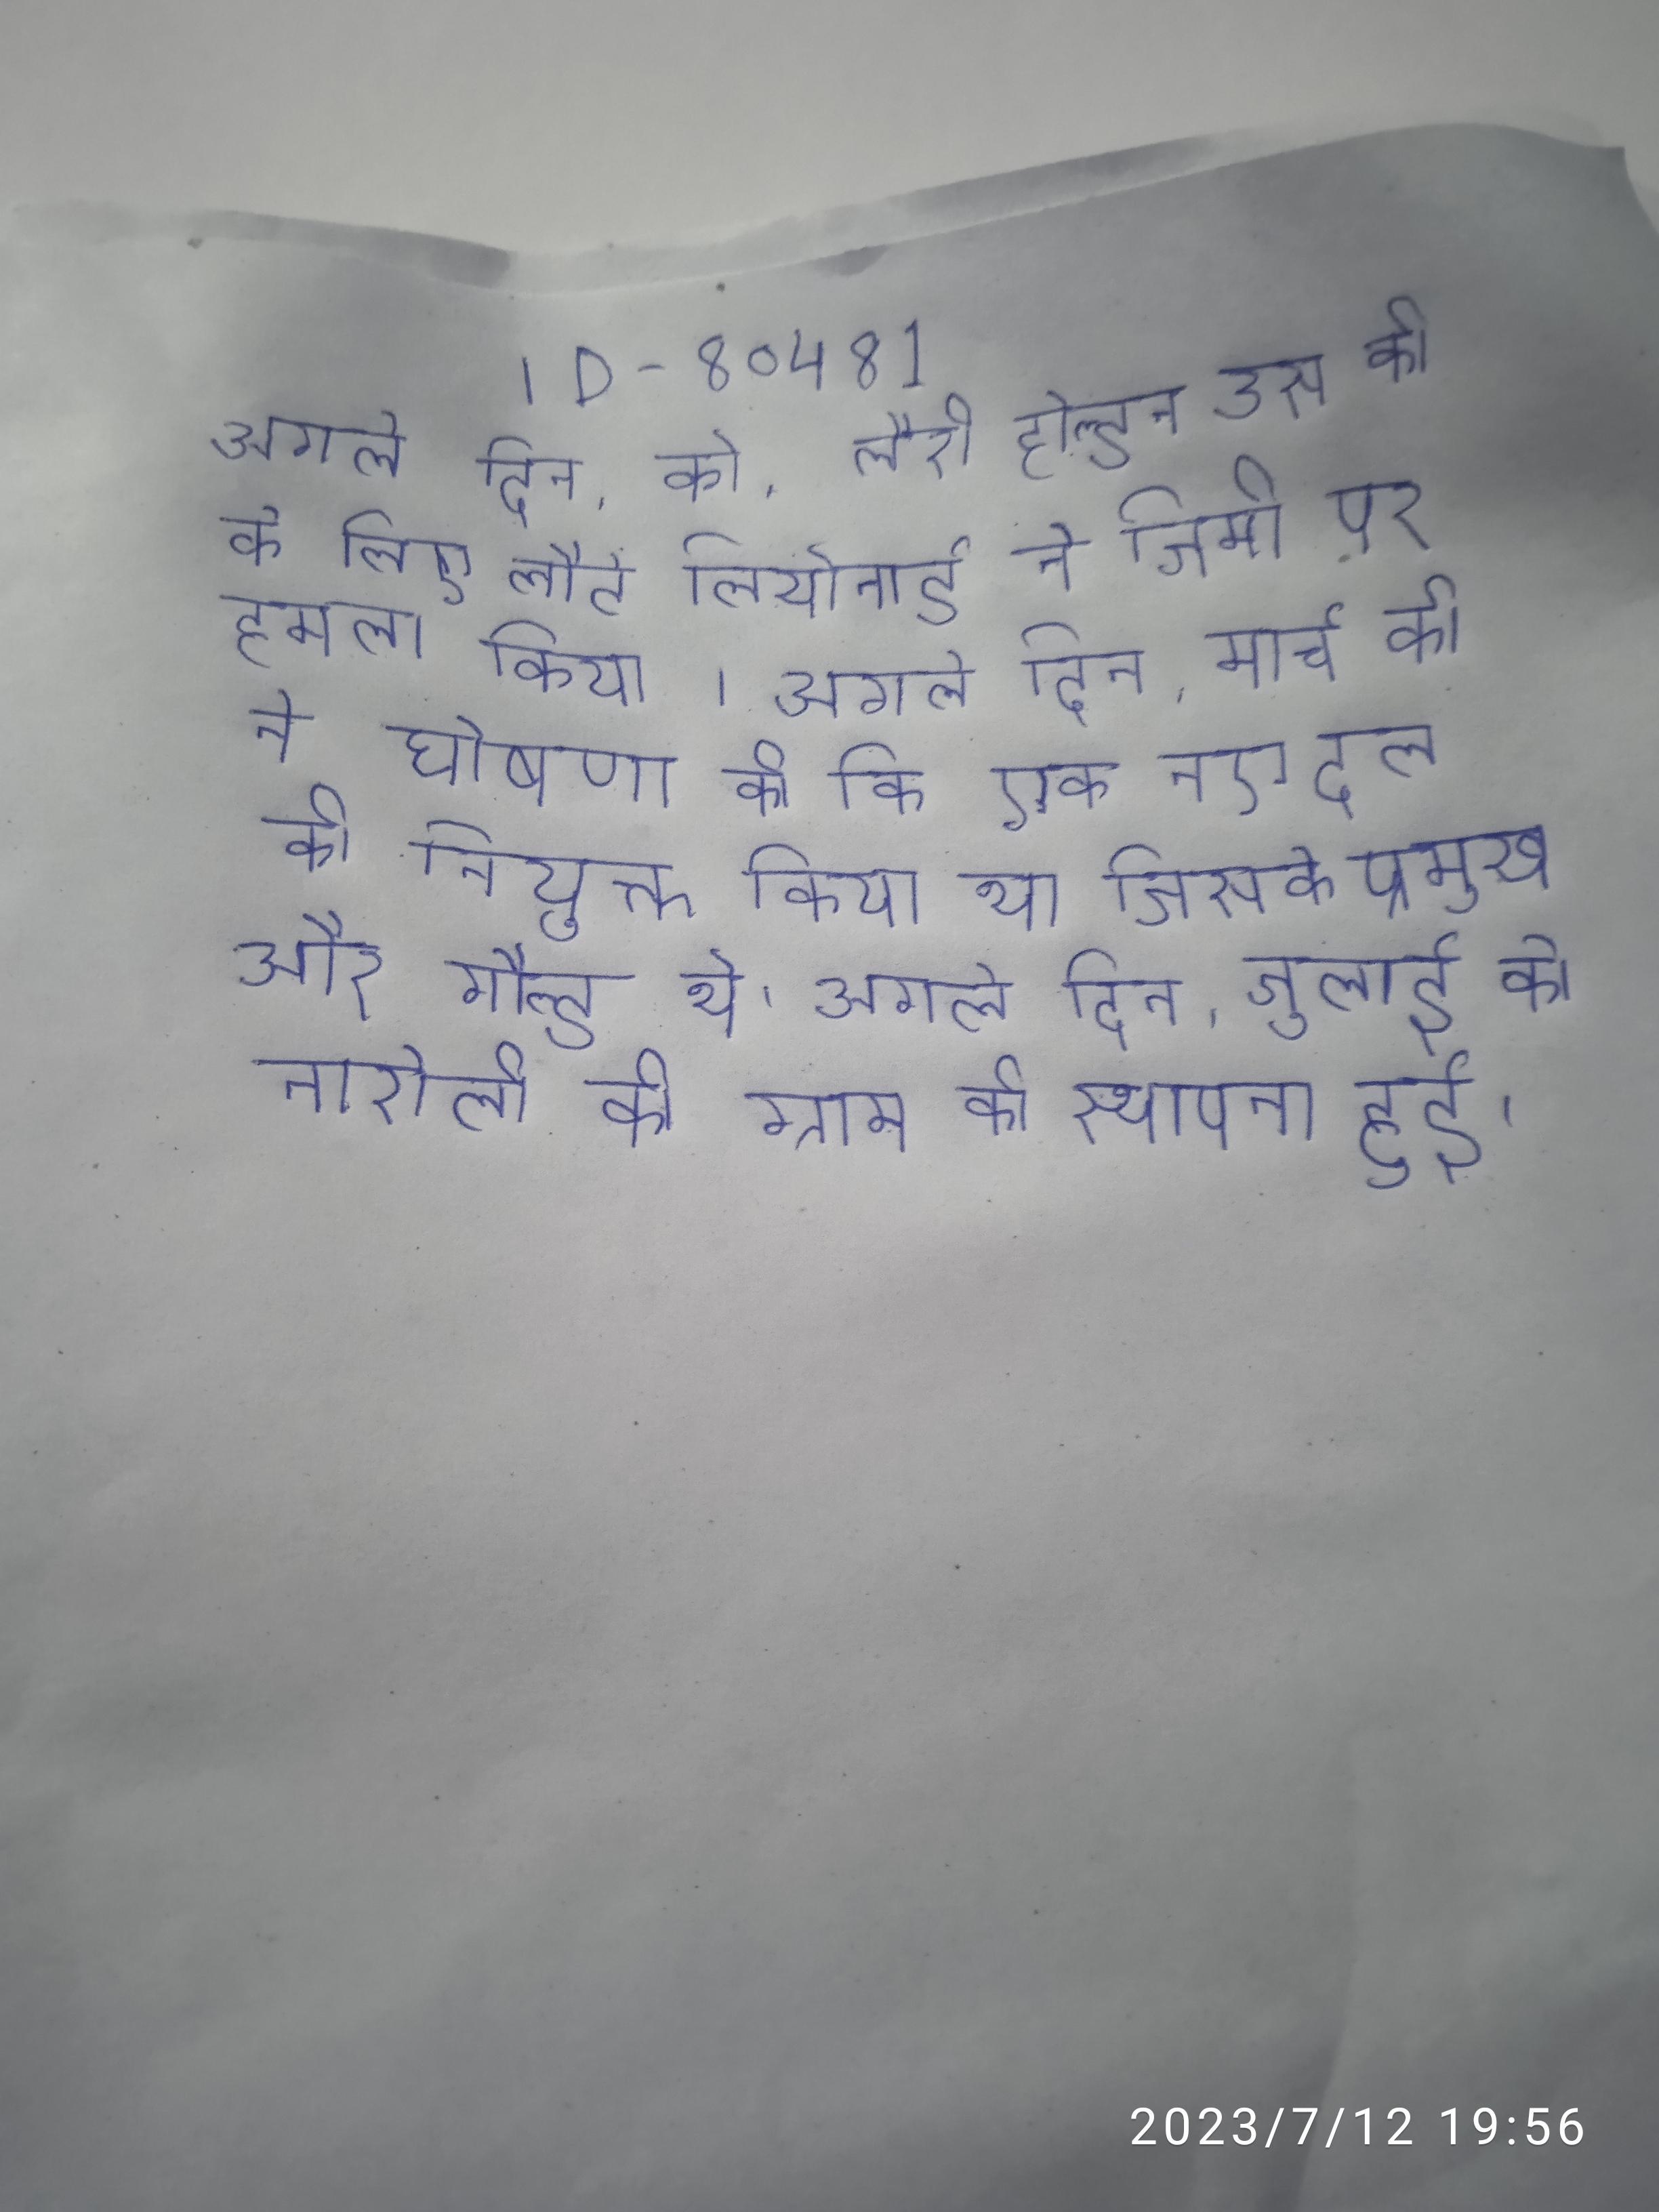
अगले दिन, को, लैरी होल्डन उस की के लिए लौटे लियोनार्ड ने जिमी पर हमला किया । अगले दिन, मार्च को ने घोषणा की कि एक नए दल को नियुक्त किया था जिसके प्रमुख और गौल्ड थे । अगले दिन, जुलाई को नारोली की ग्राम की स्थापना हुई ।